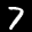
Label: 7